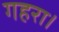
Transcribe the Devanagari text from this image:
गहरा।